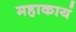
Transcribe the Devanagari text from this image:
महाकायं